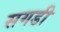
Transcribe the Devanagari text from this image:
सगडी